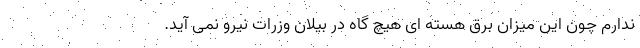
ندارم چون این میزان برق هسته ای هیچ گاه در بیلان وزرات نیرو نمی آید.